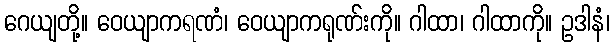
ဂေယျတို့။ ဝေယျာကရဏံ၊ ဝေယျာကရုဏ်းကို။ ဂါထာ၊ ဂါထာကို။ ဥဒါနံ၊